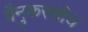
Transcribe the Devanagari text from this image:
वैनुकरणीय